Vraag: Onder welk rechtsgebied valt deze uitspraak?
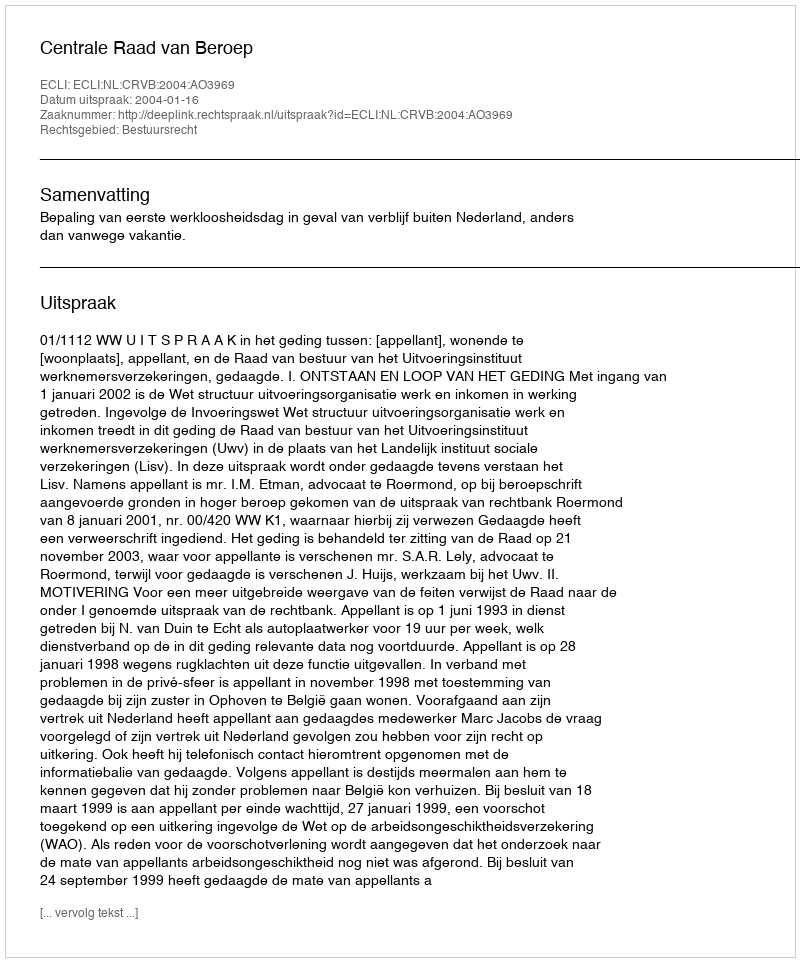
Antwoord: Bestuursrecht